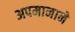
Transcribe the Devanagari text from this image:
अपमानाने